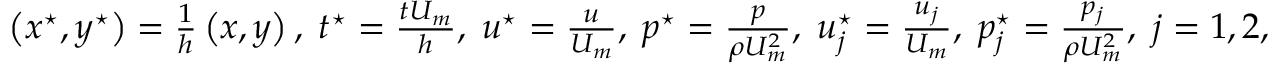
\begin{array} { r } { \left( x ^ { \star } , y ^ { \star } \right) = \frac { 1 } { h } \left( x , y \right) , \; t ^ { \star } = \frac { t U _ { m } } { h } , \; \boldsymbol { u } ^ { \star } = \frac { \boldsymbol { u } } { U _ { m } } , \; p ^ { \star } = \frac { p } { \rho U _ { m } ^ { 2 } } , \; \boldsymbol { u } _ { j } ^ { \star } = \frac { \boldsymbol { u } _ { j } } { U _ { m } } , \; p _ { j } ^ { \star } = \frac { p _ { j } } { \rho U _ { m } ^ { 2 } } , \; j = 1 , 2 , } \end{array}